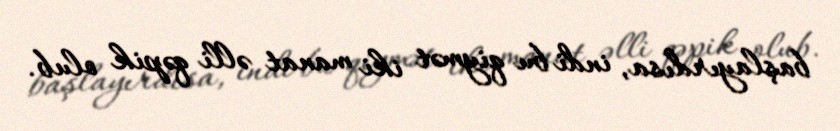
başlayırdısa, indi bu qiymət iki manat əlli qəpik olub.